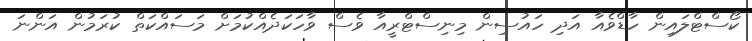
ކޯސްޓްލައިން ހާޑްވެއާ އަދި ހައުސިން މިނިސްޓްރީއާ ވެސް ވާހަކަދެއްކުމަށް މަސައްކަތް ކުރަމުން އަންނަ